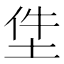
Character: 𡋚